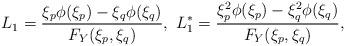
LaTeX: \begin{align*} L_{1}=\frac{\xi_{p}\phi(\xi_{p})-\xi_{q}\phi(\xi_{q})}{F_{Y}(\xi_{p},\xi_{q})},~ L_{1}^{\ast}=\frac{\xi_{p}^{2}\phi(\xi_{p})-\xi_{q}^{2}\phi(\xi_{q})}{F_{Y}(\xi_{p},\xi_{q})},\end{align*}